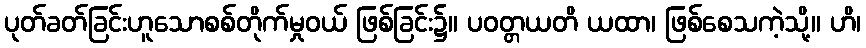
ပုတ်ခတ်ခြင်းဟူသောစစ်တိုက်မှုဝယ် ဖြစ်ခြင်း၌။ ပဝတ္တယတိ ယထာ၊ ဖြစ်စေသကဲ့သို့။ ဟိ၊